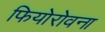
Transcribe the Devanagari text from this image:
फियोरोवना